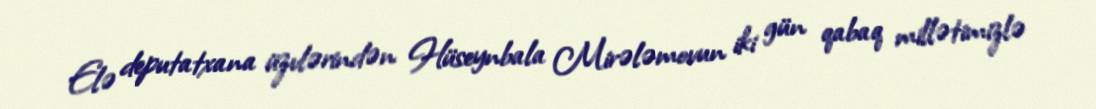
Elə deputatxana üzvlərindən Hüseynbala Mirələmovun iki gün qabaq millətimizlə